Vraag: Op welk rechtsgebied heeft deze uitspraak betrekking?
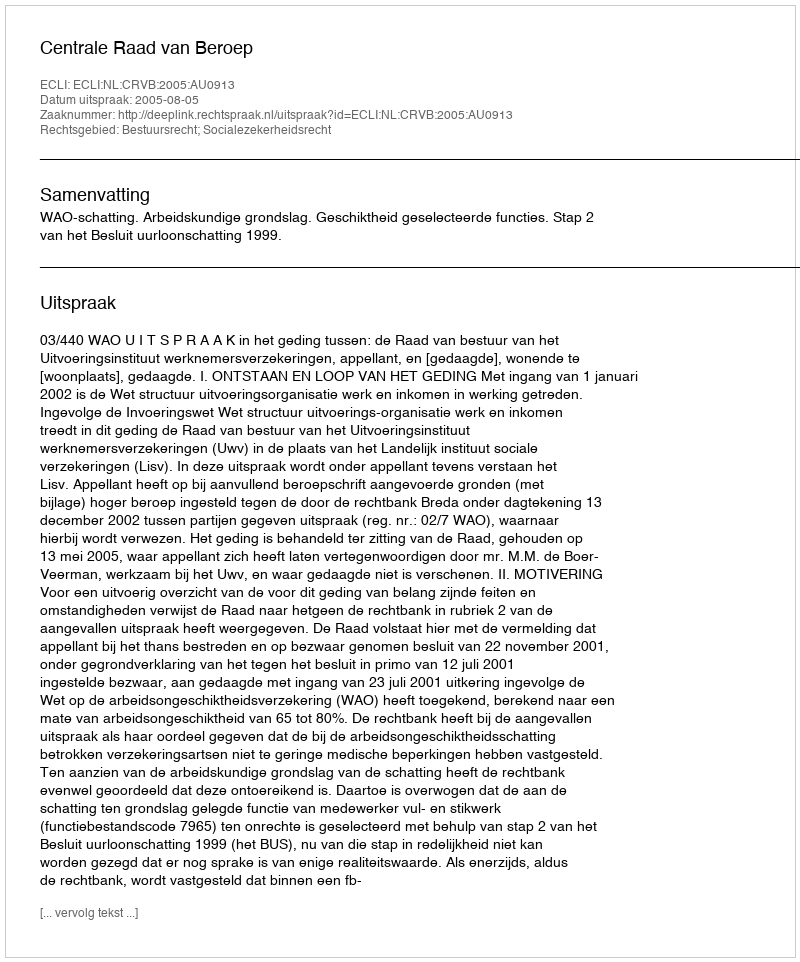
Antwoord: Bestuursrecht; Socialezekerheidsrecht